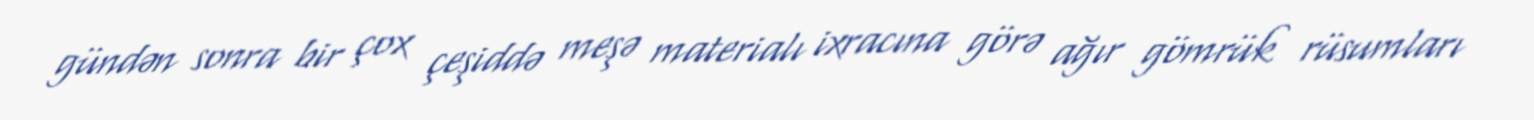
gündən sonra bir çox çeşiddə meşə materialı ixracına görə ağır gömrük rüsumları